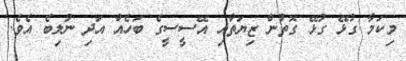
މިކަމާ ގުޅޭ ގުޅޭ ގޮތުން ޒިޔަތާއި އޭސީސީގެ ބަހެއް އަދި ނުލިބެ އެވެ.